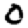
Digit: 0